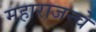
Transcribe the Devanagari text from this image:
महाराजन्चे